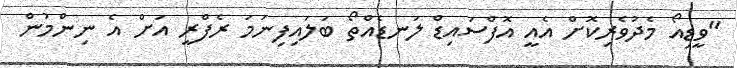
"ވީޑިއޯ މެދުވެރިކޮށް އެއީ އޮފްސައިޑް ލަނޑެއްތޯ ބަލައިފިނަމަ ރެފްރީ އަށް އެ ނިންމުން